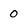
Character: 0